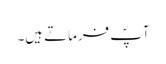
آپؐ فرماتے ہیں۔